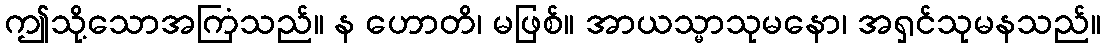
ဤသို့သောအကြံသည်။ န ဟောတိ၊ မဖြစ်။ အာယသ္မာသုမနော၊ အရှင်သုမနသည်။